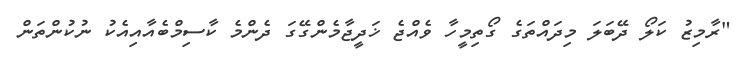
"ރާމިޒު ކަލޯ ދޭބަލަ މިދައްތަގެ ގޯތިމީހާ ވެއްޖެ ޚަދީޖާމެންގޭގަ ދެންމެ ކާސިމްބެއާއިއެކު ނުކުންތަން